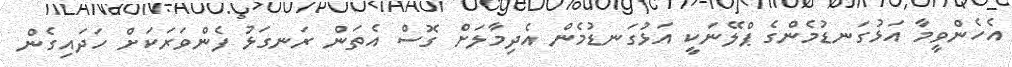
އެހެންވީމާ އަޅުގަނޑުމެންގެ ޕްލޭނަކީ އަޅުގަނޑުމެން އެދިމާލަށް ގޮސް އެތަން ރަނގަޅު ފެންވަރަކަށް ހަދައިގެން